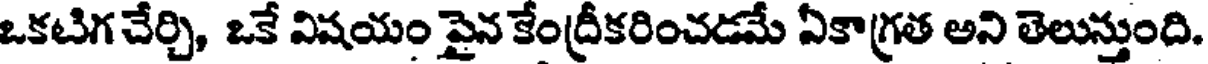
ఒకటిగ చేర్చి, ఒకే విషయం పైన కేంద్రీకరించడమే ఏకాగ్రత అని తెలుస్తుంది.